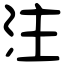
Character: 注